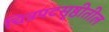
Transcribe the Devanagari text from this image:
चित्रपटसृष्ठीतील